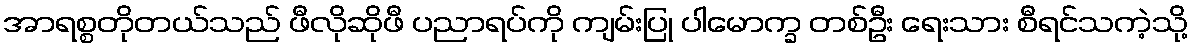
အာရစ္စတိုတယ်သည် ဖီလိုဆိုဖီ ပညာရပ်ကို ကျမ်းပြု ပါမောက္ခ တစ်ဦး ရေးသား စီရင်သကဲ့သို့